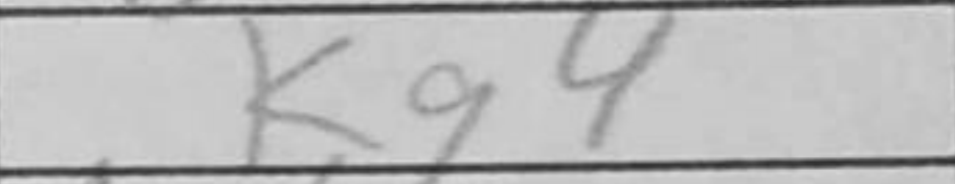
Transcription: Kg4